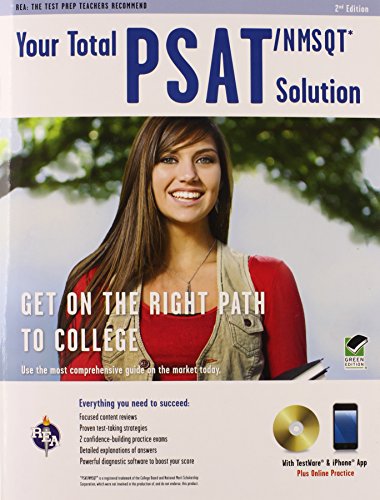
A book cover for PSAT/NMSQTÂ® w/CD: Your Total Solution (SAT PSAT ACT (College Admission) Prep); Drew D Johnson; Test Preparation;